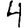
Digit: 4